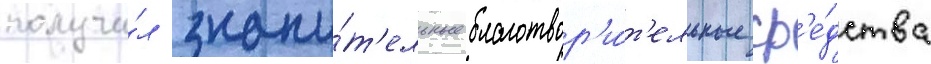
получи́л значи́т'ельные благотвор'и́т'ельные ср'е́дства